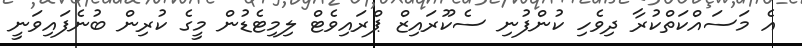
އެ މަސައްކަތްކުރާ ދިވެހި ކުންފުނި ސެކޫރައިޒް ޕްރައިވެޓް ލިމިޓެޑުން މީގެ ކުރިން ބުނެފައިވަނީ